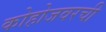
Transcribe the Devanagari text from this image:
कोहोजवरची